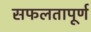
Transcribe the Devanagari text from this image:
सफलतापूर्ण